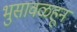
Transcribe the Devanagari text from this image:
भुसावळहून